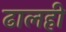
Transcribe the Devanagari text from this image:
ढालही